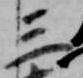
三